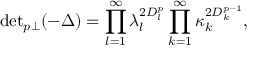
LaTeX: { \operatorname * { d e t } } _ { p \perp } ( - \Delta ) = \prod _ { l = 1 } ^ { \infty } \lambda _ { l } ^ { 2 D _ { l } ^ { p } } \prod _ { k = 1 } ^ { \infty } \kappa _ { k } ^ { 2 D _ { k } ^ { p - 1 } } ,